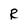
Character: R